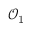
\mathcal { O } _ { 1 }